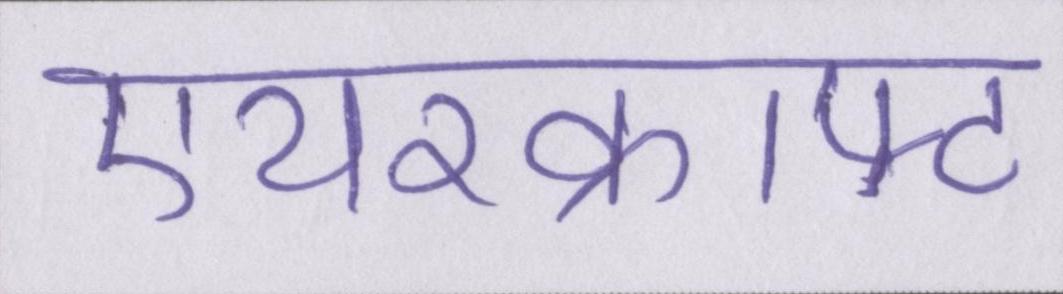
एयरक्राफ्ट